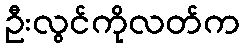
ဦးလွင်ကိုလတ်က